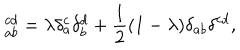
\ _ { a b } ^ { c d } = \lambda \delta _ { a } ^ { c } \delta _ { b } ^ { d } + \frac { 1 } { 2 } ( 1 - \lambda ) \delta _ { a b } \delta ^ { c d } ,